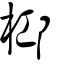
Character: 桏